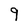
Character: 9